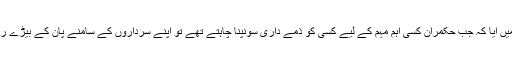
ایک بار پھر وضاحت کردیں کہ بِیڑا اٹھانے کا محاورہ یوں وجود میں آیا کہ جب حکمران کسی اہم مہم کے لیے کسی کو ذمے داری سونپنا چاہتے تھے تو اپنے سرداروں کے سامنے پان کے بیڑے رکھ دیا کرتے تھے اور پوچھتے تھے کہ اس مہم پر کون جائے گا؟